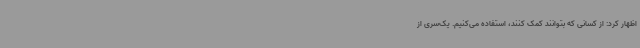
اظهار کرد: از کسانی که بتوانند کمک کنند، استفاده می‌کنیم. یک‌سری از